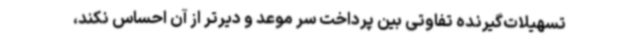
تسهیلات‌گیرنده تفاوتی بین پرداخت سر موعد و دیرتر از آن احساس نکند،